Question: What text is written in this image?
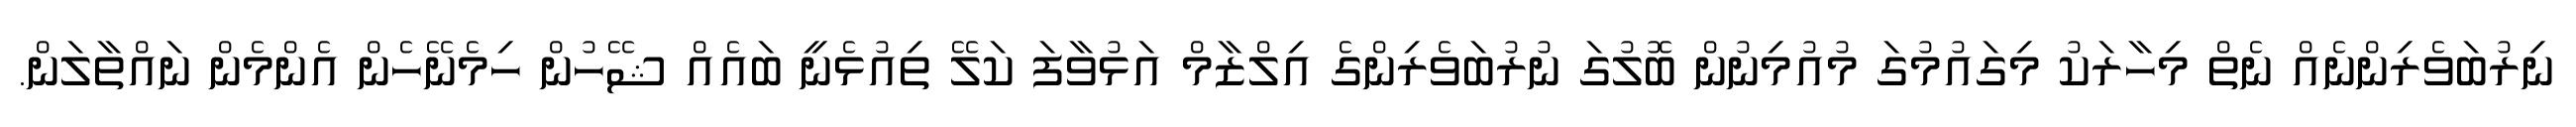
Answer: ނިރުބަވެރިންނެއް ނެތް މިހާރަކު މިގައުމުގަ މުއުމިނުން ބޮލުގަ ނުރުބަވެރިންގެ އިލްޒާމް އަޅުވާފަ ކަލޭ ތިއުޅެނީ ބައެއް ޝޭހުން ހިމެނޭހެން އެންމެން ނައްތާލަން.